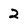
Character: 2